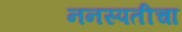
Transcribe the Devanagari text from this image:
ननस्पतीचा